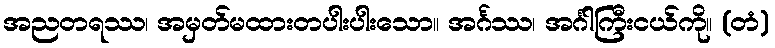
အညတရဿ၊ အမှတ်မထားတပါးပါးသော။ အင်္ဂဿ၊ အင်္ဂါကြီးငယ်ကို။ (တံ)